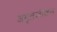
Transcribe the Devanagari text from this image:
अमृतजीवन